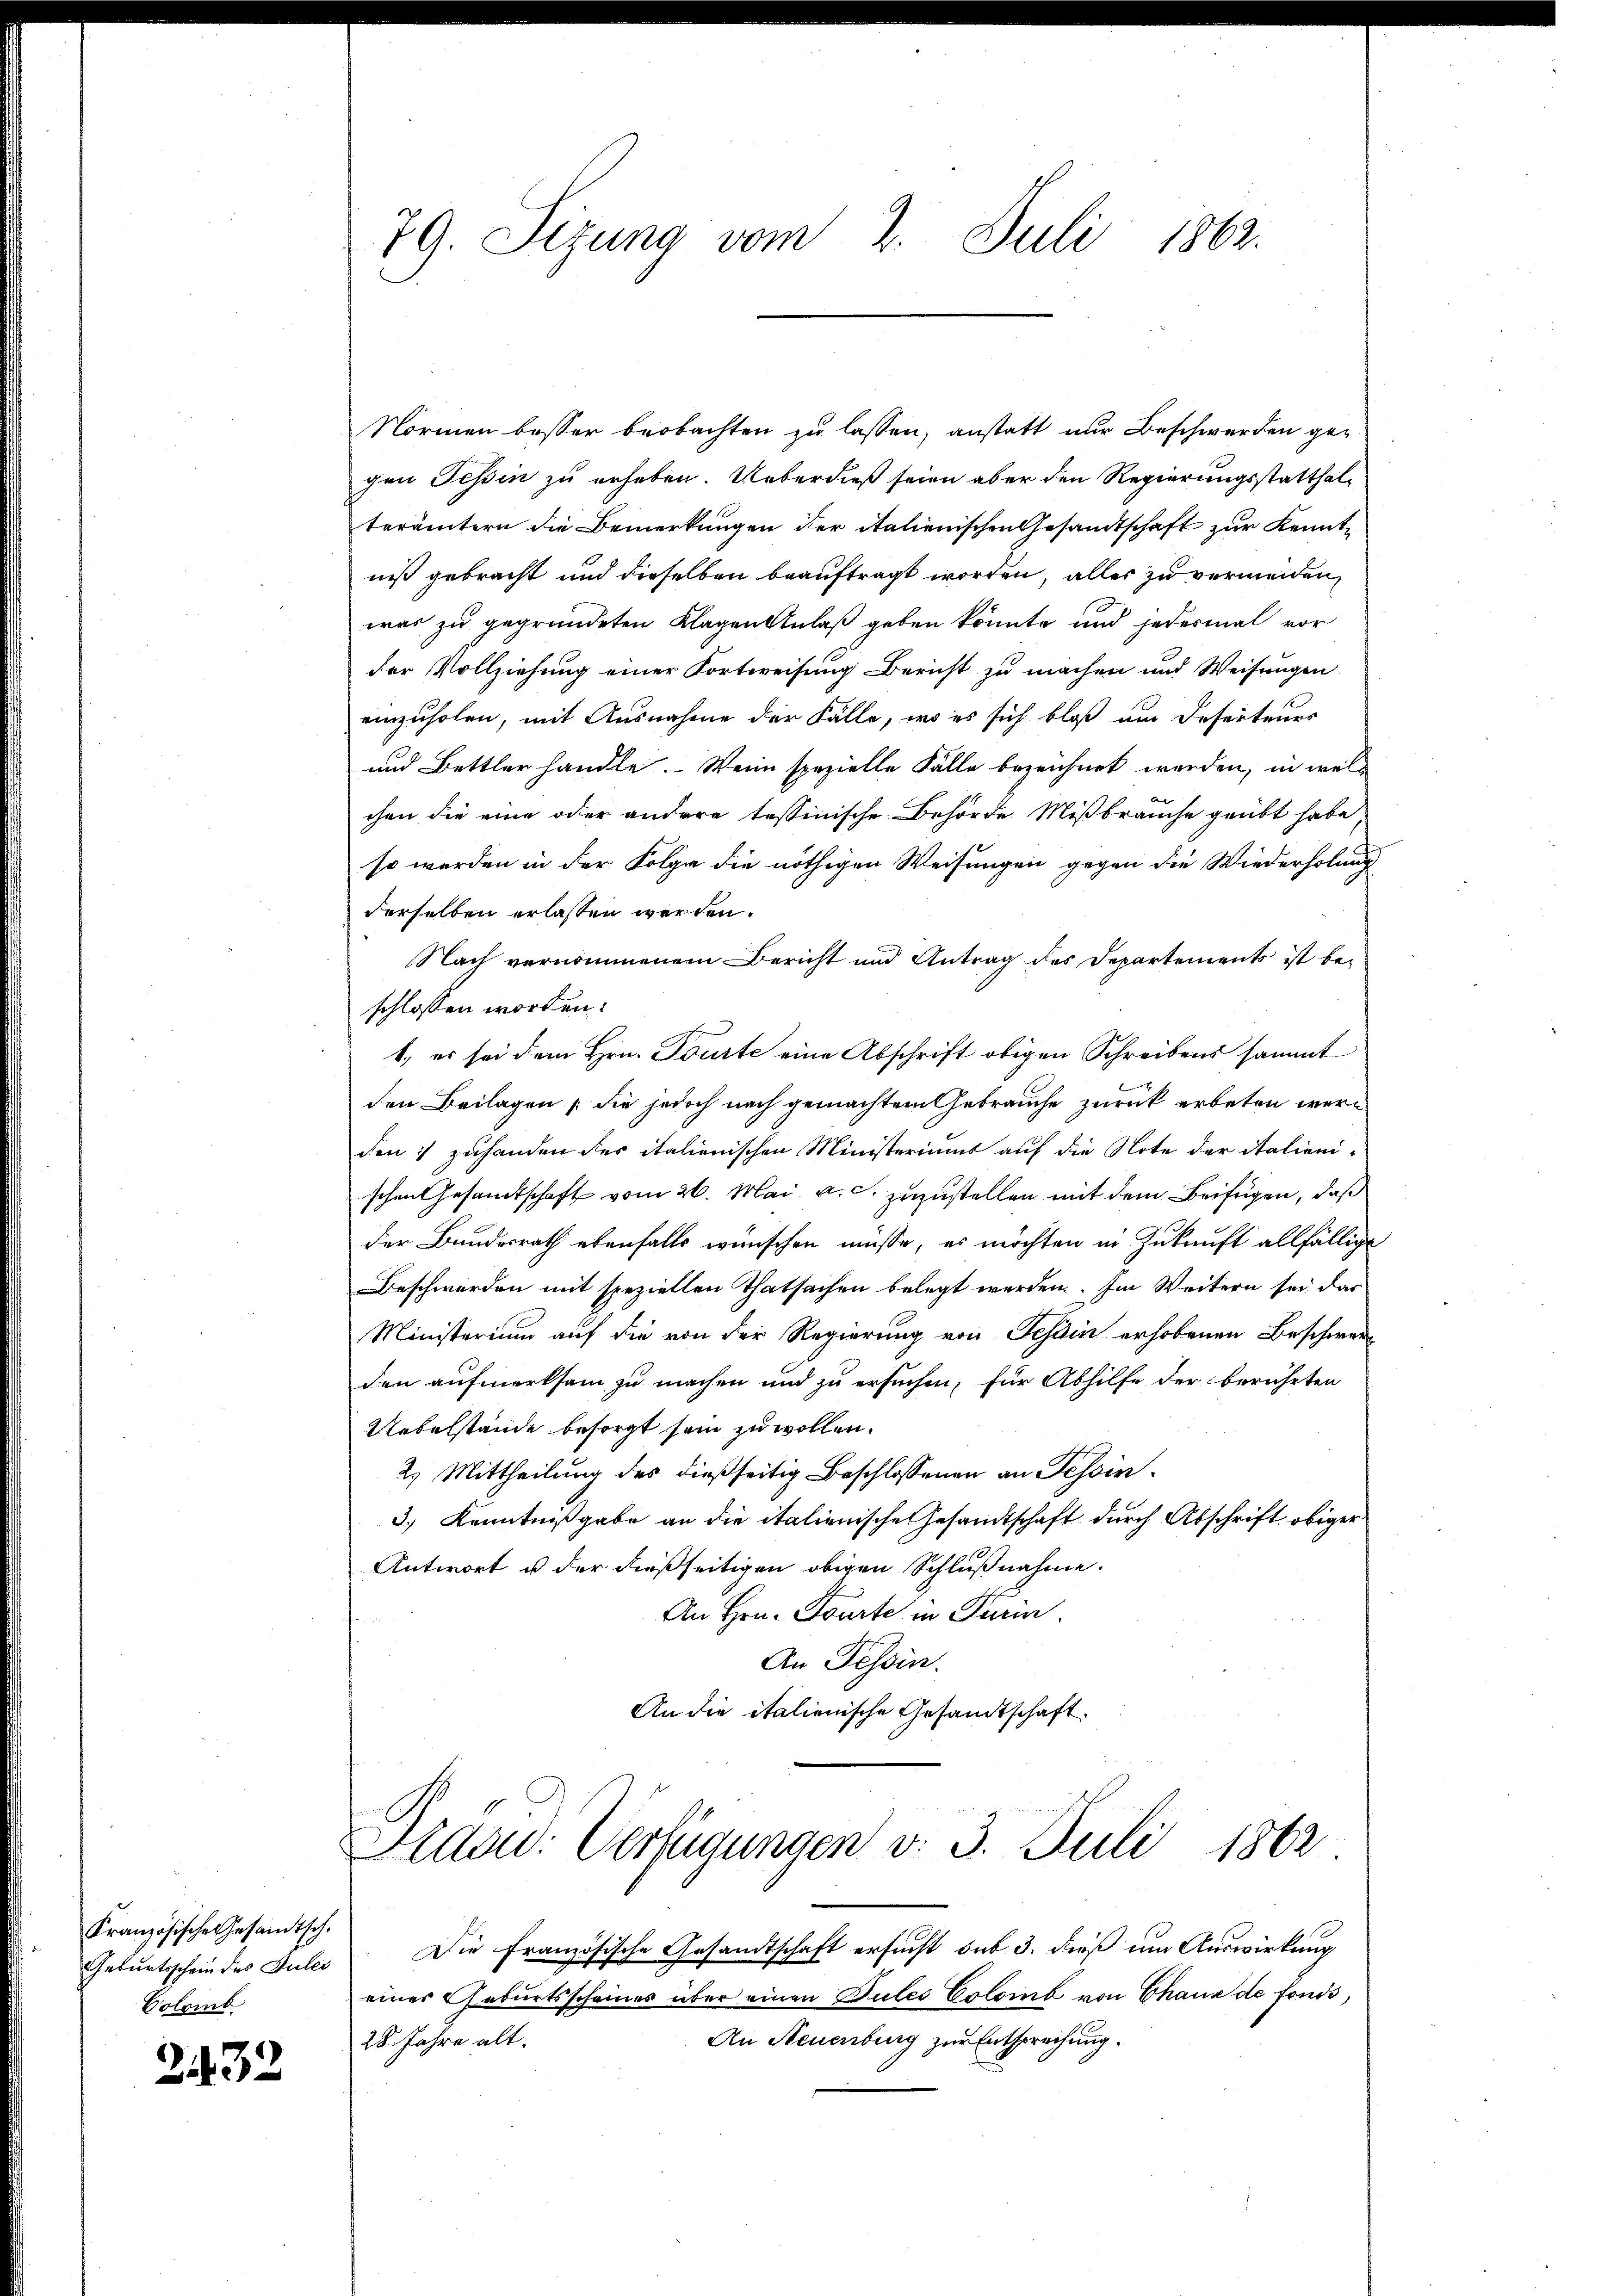
Kranzösische Gesandtsch.
Geburtsschein des Jules
Colomb

2432

79. Sizung vom 2. Juli 1862.

Normen besser beobachten zu lassen, anstatt nur Beschwerden gegen Tessin zu erheben. Ueberdieß seien aber den Regierungsstatthalterämtern die Bemerkungen der italienischen Gesandtschaft zur Kenntniß gebracht und dieselben beauftragt worden, alles zu vermeiden,
was zu gegründeten Klagen Anlaß geben könnte und jedesmal vor
der Vollziehung einer Fortweisung Bericht zu machen und Weisungen
einzuholen, mit Ausnahme der Fälle, wo es sich bloß am Deserteuer
und Bettler handle. Wenn spezielle Fälle bezeichnet werden, in welchen die eine oder andere tessinische Behörde Mißbrauche geübt habe,
so werden in der Folge die nöthigen Weisungen gegen die Wiederholung
derselben erlassen werden.
Nach vernommenem Bericht und Antrag des Departements ist be-
schlossen worden:
1. es sei dem Hrn. Tourte eine Abschrift obigen Schreibens sammt
den Beilagen (die jedoch nach gemachtem Gebrauche zurück erbeten werden:/ zuhanden des italienischen Ministeriums auf die Note der Stalieni-
schen Gesamtschaft vom 26. Mai a. c. zuzustellen mit dem Beifügen, daß
der Bundesrath ebenfalls wünschen müsse, es möchten in Zukunft allfällige
Beschwerden mit speziellen Thatsachen belegt werden. Im Weitern sei das
Ministerium auf die von der Regierung von Tessin erhobenen Beschwerden aufmerksam zu machen und zu ersuchen, für Abhilfe der berührten
Uebelstände besorgt sein zu wollen.
2.) Mittheilung des dießseitig Beschlossenen an Tessin¬
3.) Kenntnißgabe an die italienische Gesandtschaft durch Abschrift obiger
Antwort u der dießseitigen obigen Schlußnahme.
An Hrn. Tourte in Turin
An Tessin.
An die italienische Gesandtschaft.
Fidad: Verfügungen v. 3. Juli 1862

Die Französische Gesandtschaft ersucht sub 3. dieß um Auswirkung
eines Geburtsscheines über einen Pules Colomb von Chaus de fonds,
An Neuenburg zur Entsprechung.
28. Jahre alt.